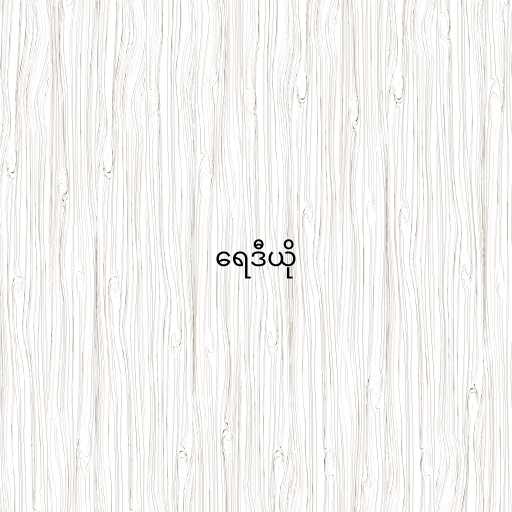
ရေဒီယို